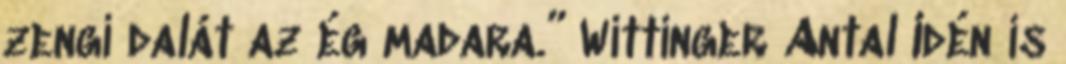
zengi dalát az ég madara.” Wittinger Antal Idén is